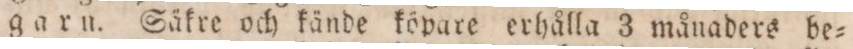
garn. Säkre och kände köpare erhålla 3 månaders be=